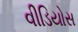
વીડિયોસ